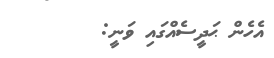
އެހެން ޙަދީސެއްގައި ވަނީ: